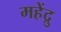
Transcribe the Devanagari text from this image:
महेंद्रु